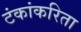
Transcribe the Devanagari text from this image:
टंकांकरिता